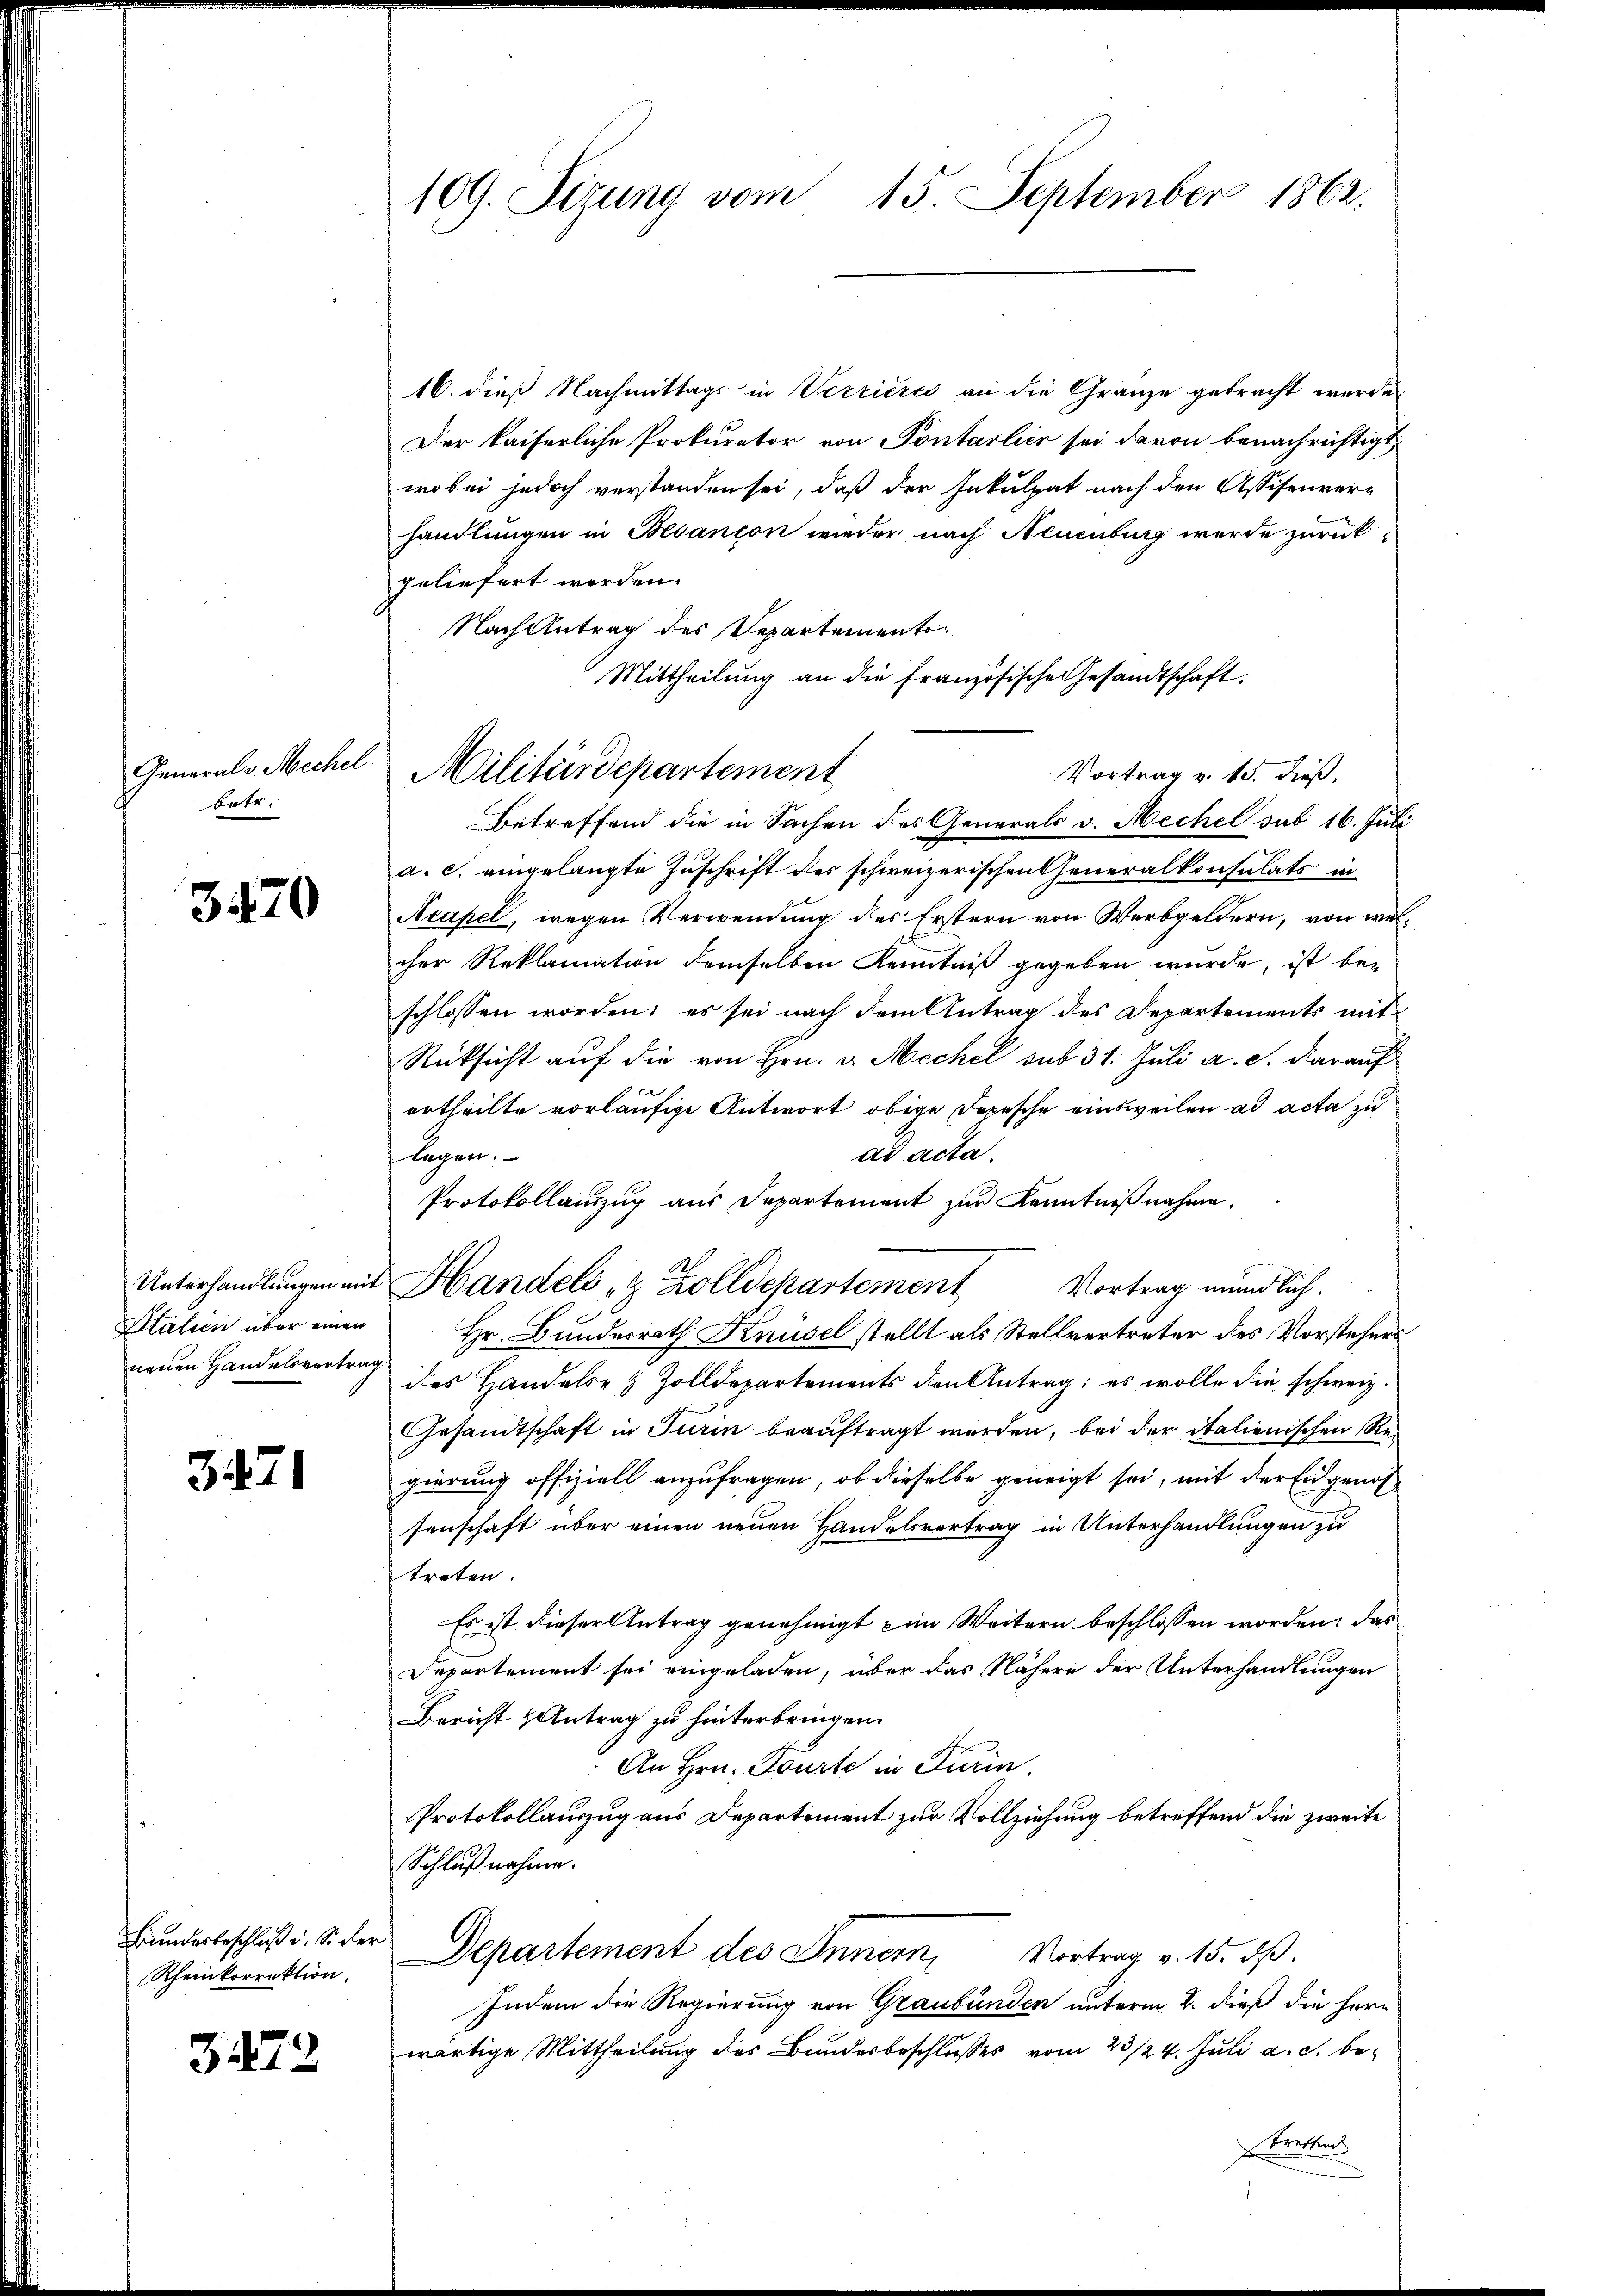
General v. Mechel
betr.

3470

Unterhandlungen mit
Italien über einen
neuen Handelsvertrag

3421

Bundesbeschluß u. Si der
Rheinkorrektion.

3472

109. Sizung vom 15. September 1862.

16. dieß Nachmittags in Verrières an die Gränze gebracht werde.
Der kaiserliche Prokurator von Pontarlier sei davon benachrichtigt
wobei jedoch verstanden sei, daß der Inkulpat nach den Assisenver-
handlungen in Besançon wieder nach Neuenburg wurde zurück-
geliefert werden.
Nach Antrag des Departements
Mittheilung an die Französische Gesandtschaft.
Betreffend die in Sachen des Generals v. Mechel sub 16. Juli
1
a. c. eingelangte Zuschrift des schweizerischen Generalkonsulats in
Acapel, wegen Verwendung des Erstern von Werbgeldern, von welcher Reklamation demselben Kenntniß gegeben wurde, ist beschlossen worden; es sei nach dem Antrag des Departements mit
Rücksicht auf die von Hrn. v. Mechel sub 31. Juli a. c. darauf
ertheilte vorläufige Antwort obige Depesche einsweilen ad acta zu
lagen.
ad acta.
Protokollauszug aus Departement zur Kenntnißnahme.
Handels z. Zolldepartement Vortrag mündlich.
Hr. Bundesrath Knüsel stellt als Stellvertreter des Vorstehers
des Handels- & Zolldepartements den Antrag; es wolle die schweiz.
Gesandtschaft in Turin beauftragt werden, bei der italienischen Regierung offiziell anzufragen; ob dieselbe geneigt sei, mit der Eidgenossenschaft über einen neuen Handelsvertrag in Unterhandlungen zu
treten
Es ist dieser Antrag genehmigt im Weitern beschlossen worden, das
Departement sei eingeladen, über das Nähere der Unterhandlungen
Bericht Antrag zu hinterbringen.
An Hrn. Tourte in Turin.
Protokollauszug aus Departement zur Vollziehung betreffend die zweite
Schlußnahme.
Departement des Inner, Vortrag v. 15. dß.
Indem die Regierung von Graubünden unterm 2. dieß die herr
wärtige Mittheilung des Bundesbeschlusses vom 23/24. Juli a. c. be¬
Brettens

Militärdepartement

Vortrag v. 15. dieß.